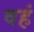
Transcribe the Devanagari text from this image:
वहं